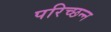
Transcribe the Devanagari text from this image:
परिच्छन्न